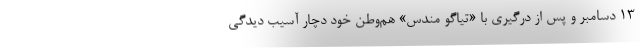
۱۳ دسامبر و پس از درگیری با «تیاگو مندس» هم‌وطن خود دچار آسیب دیدگی